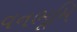
વનભૂમિ